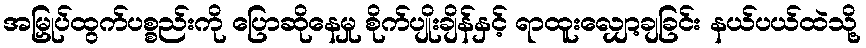
အမြှုပ်ထွက်ပစ္စည်းကို ပြောဆိုနေမှု စိုက်ပျိုးချိန်နှင့် ရာထူးလျှော့ချခြင်း နယ်ပယ်ထဲသို့